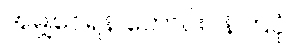
အမျှဝေရန် တောင်းပန်ကြပုံ